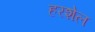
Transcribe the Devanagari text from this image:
हरशेल